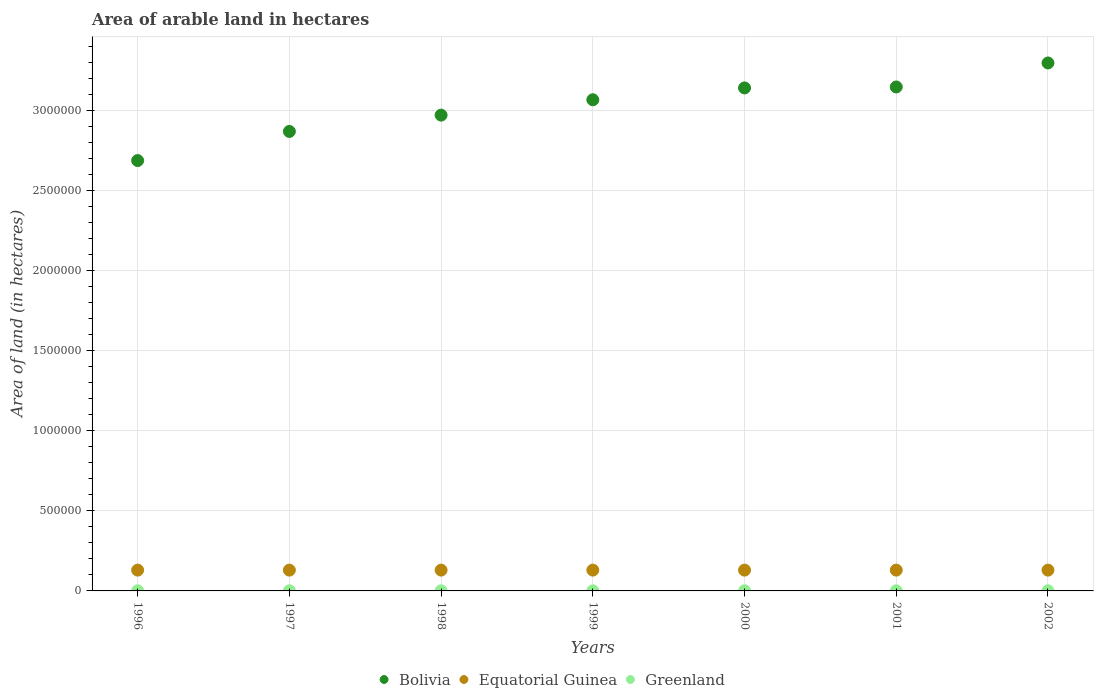
| Years | Bolivia | Equatorial Guinea | Greenland |
 | --- | --- | --- | --- |
 | 1996 | 2.69e+06 | 1.3e+05 | 700 |
 | 1997 | 2.87e+06 | 1.3e+05 | 700 |
 | 1998 | 2.97e+06 | 1.3e+05 | 700 |
 | 1999 | 3.07e+06 | 1.3e+05 | 700 |
 | 2000 | 3.14e+06 | 1.3e+05 | 800 |
 | 2001 | 3.15e+06 | 1.3e+05 | 800 |
 | 2002 | 3.3e+06 | 1.3e+05 | 900 |